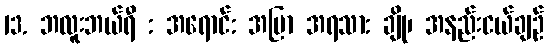
13. ဘလူးဘယ်ရီ : အရောင်: အပြာ အရသာ: ချို၊ အနည်းငယ်ချဉ်